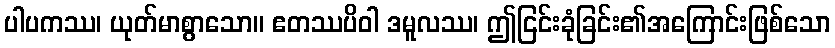
ပါပကဿ၊ ယုတ်မာစွာသော။ ဧတဿပိဝါ ဒမူလဿ၊ ဤငြင်းခုံခြင်း၏အကြောင်းဖြစ်သော